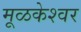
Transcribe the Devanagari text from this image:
मूळकेश्वर